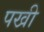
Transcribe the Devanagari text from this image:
पखी